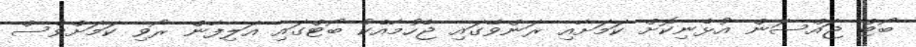
ބޯޓް ޖައްސަން އުޅެނިކޮށް ކަމަށާއި ރަންވޭގައި ޖެހުމާއެކު ބޯޓްގައި އަލިފާން ރޯވި ކަމަށްވެސް